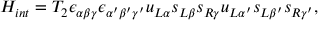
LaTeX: { \cal H } _ { i n t } = T _ { 2 } \epsilon _ { \alpha \beta \gamma } \epsilon _ { \alpha ^ { \prime } \beta ^ { \prime } \gamma ^ { \prime } } u _ { L \alpha } s _ { L \beta } s _ { R \gamma } u _ { L \alpha ^ { \prime } } s _ { L \beta ^ { \prime } } s _ { R \gamma ^ { \prime } } ,